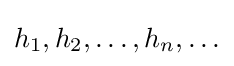
h_{1},h_{2},\ldots ,h_{n},\ldots